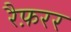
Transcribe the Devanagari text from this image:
रैफ़रर